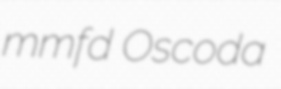
mmfd Oscoda